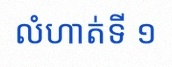
លំហាត់ទី ១